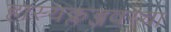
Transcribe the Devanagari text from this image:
हास्यक्लब्जवरचा